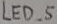
Text: LED_5